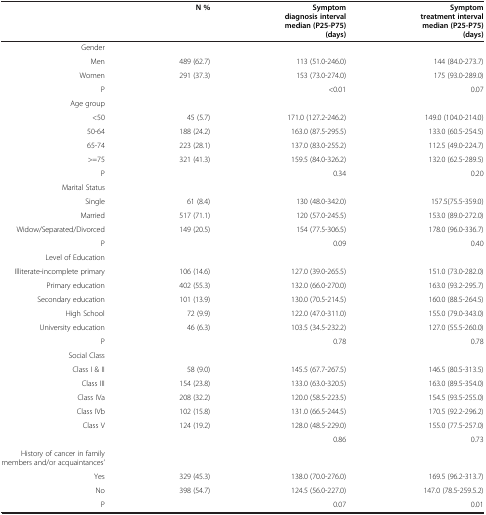
<table><thead><tr><td><b> </b></td><td><b>N %</b></td><td><b>Symptom diagnosis interval median (P25-P75) (days)</b></td><td><b>Symptom treatment interval median (P25-P75) (days)</b></td></tr></thead><tbody><tr><td>Gender</td><td> </td><td> </td><td> </td></tr><tr><td>Men</td><td>489 (62.7)</td><td>113 (51.0-246.0)</td><td>144 (84.0-273.7)</td></tr><tr><td>Women</td><td>291 (37.3)</td><td>153 (73.0-274.0)</td><td>175 (93.0-289.0)</td></tr><tr><td>P</td><td> </td><td>&lt;0.01</td><td>0.07</td></tr><tr><td>Age group</td><td> </td><td> </td><td> </td></tr><tr><td>&lt;50</td><td>45 (5.7)</td><td>171.0 (127.2-246.2)</td><td>149.0 (104.0-214.0)</td></tr><tr><td>50-64</td><td>188 (24.2)</td><td>163.0 (87.5-295.5)</td><td>133.0 (60.5-254.5)</td></tr><tr><td>65-74</td><td>223 (28.1)</td><td>137.0 (83.0-255.2)</td><td>112.5 (49.0-224.7)</td></tr><tr><td>&gt;=75</td><td>321 (41.3)</td><td>159.5 (84.0-326.2)</td><td>132.0 (62.5-289.5)</td></tr><tr><td>P</td><td> </td><td>0.34</td><td>0.20</td></tr><tr><td>Marital Status</td><td> </td><td> </td><td> </td></tr><tr><td>Single</td><td>61 (8.4)</td><td>130 (48.0-342.0)</td><td>157.5(75.5-359.0)</td></tr><tr><td>Married</td><td>517 (71.1)</td><td>120 (57.0-245.5)</td><td>153.0 (89.0-272.0)</td></tr><tr><td>Widow/Separated/Divorced</td><td>149 (20.5)</td><td>154 (77.5-306.5)</td><td>178.0 (96.0-336.7)</td></tr><tr><td>P</td><td> </td><td>0.09</td><td>0.40</td></tr><tr><td>Level of Education</td><td> </td><td> </td><td> </td></tr><tr><td>Illiterate-incomplete primary</td><td>106 (14.6)</td><td>127.0 (39.0-265.5)</td><td>151.0 (73.0-282.0)</td></tr><tr><td>Primary education</td><td>402 (55.3)</td><td>132.0 (66.0-270.0)</td><td>163.0 (93.2-295.7)</td></tr><tr><td>Secondary education</td><td>101 (13.9)</td><td>130.0 (70.5-214.5)</td><td>160.0 (88.5-264.5)</td></tr><tr><td>High School</td><td>72 (9.9)</td><td>122.0 (47.0-311.0)</td><td>155.0 (79.0-343.0)</td></tr><tr><td>University education</td><td>46 (6.3)</td><td>103.5 (34.5-232.2)</td><td>127.0 (55.5-260.0)</td></tr><tr><td>P</td><td> </td><td>0.78</td><td>0.78</td></tr><tr><td>Social Class</td><td> </td><td> </td><td> </td></tr><tr><td>Class I &amp; II</td><td>58 (9.0)</td><td>145.5 (67.7-267.5)</td><td>146.5 (80.5-313.5)</td></tr><tr><td>Class III</td><td>154 (23.8)</td><td>133.0 (63.0-320.5)</td><td>163.0 (89.5-354.0)</td></tr><tr><td>Class IVa</td><td>208 (32.2)</td><td>120.0 (58.5-223.5)</td><td>154.5 (93.5-255.0)</td></tr><tr><td>Class IVb</td><td>102 (15.8)</td><td>131.0 (66.5-244.5)</td><td>170.5 (92.2-296.2)</td></tr><tr><td>Class V</td><td>124 (19.2)</td><td>128.0 (48.5-229.0)</td><td>155.0 (77.5-257.0)</td></tr><tr><td> </td><td> </td><td>0.86</td><td>0.73</td></tr><tr><td>History of cancer in family members and/or acquaintances’</td><td> </td><td> </td><td> </td></tr><tr><td>Yes</td><td>329 (45.3)</td><td>138.0 (70.0-276.0)</td><td>169.5 (96.2-313.7)</td></tr><tr><td>No</td><td>398 (54.7)</td><td>124.5 (56.0-227.0)</td><td>147.0 (78.5-259.5.2)</td></tr><tr><td>P</td><td> </td><td>0.07</td><td>0.01</td></tr></tbody></table>